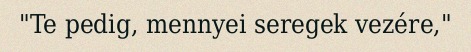
"Te pedig, mennyei seregek vezére,"